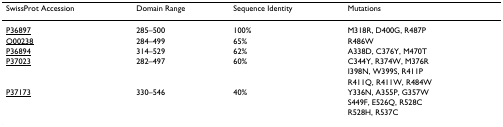
<table><thead><tr><td><b>SwissProt Accession</b></td><td><b>Domain Range</b></td><td><b>Sequence Identity</b></td><td><b>Mutations</b></td></tr></thead><tbody><tr><td>P36897</td><td>285–500</td><td>100%</td><td>M318R, D400G, R487P</td></tr><tr><td>O00238</td><td>284–499</td><td>65%</td><td>R486W</td></tr><tr><td>P36894</td><td>314–529</td><td>62%</td><td>A338D, C376Y, M470T</td></tr><tr><td>P37023</td><td>282–497</td><td>60%</td><td>C344Y, R374W, M376R</td></tr><tr><td></td><td></td><td></td><td>I398N, W399S, R411P</td></tr><tr><td></td><td></td><td></td><td>R411Q, R411W, R484W</td></tr><tr><td>P37173</td><td>330–546</td><td>40%</td><td>Y336N, A355P, G357W</td></tr><tr><td></td><td></td><td></td><td>S449F, E526Q, R528C</td></tr><tr><td></td><td></td><td></td><td>R528H, R537C</td></tr></tbody></table>